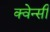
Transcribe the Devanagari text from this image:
क्वेन्सी